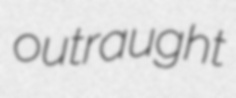
outraught